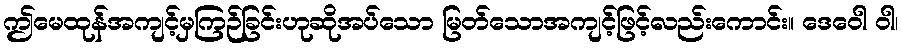
ဤမေထုန်အကျင့်မှကြဉ်ခြင်းဟုဆိုအပ်သော မြတ်သောအကျင့်ဖြင့်လည်းကောင်း။ ဒေဝေါ ဝါ၊